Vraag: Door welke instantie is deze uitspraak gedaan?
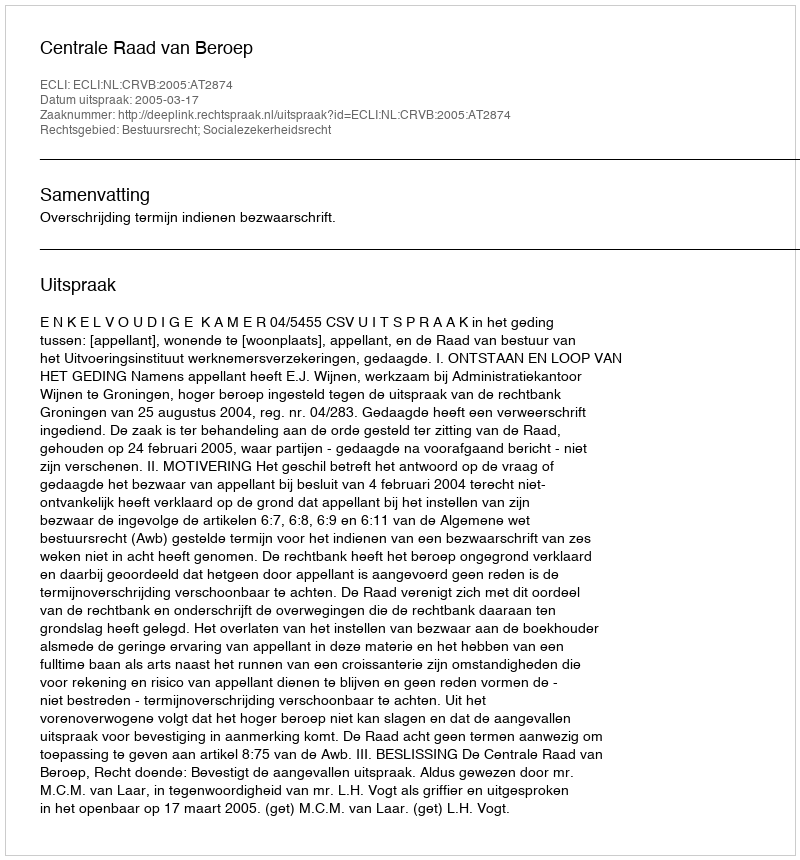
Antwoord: Centrale Raad van Beroep